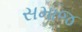
સમાજ